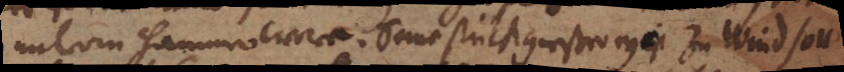
unterm hammer were. Seine stück gießerey ist zu Windsor.